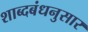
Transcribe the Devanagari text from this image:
शाब्दबंधनुसार